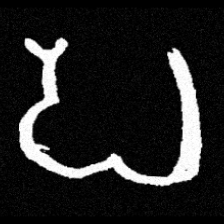
Pyu character \u2014 Myanmar letter: ပ (romanized: pa)